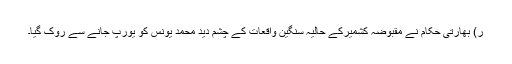
ر) بھارتی حکام نے مقبوضہ کشمیرکے حالیہ سنگین واقعات کے چشم دید محمد یونس کو یورپ جانے سے روک گیا۔